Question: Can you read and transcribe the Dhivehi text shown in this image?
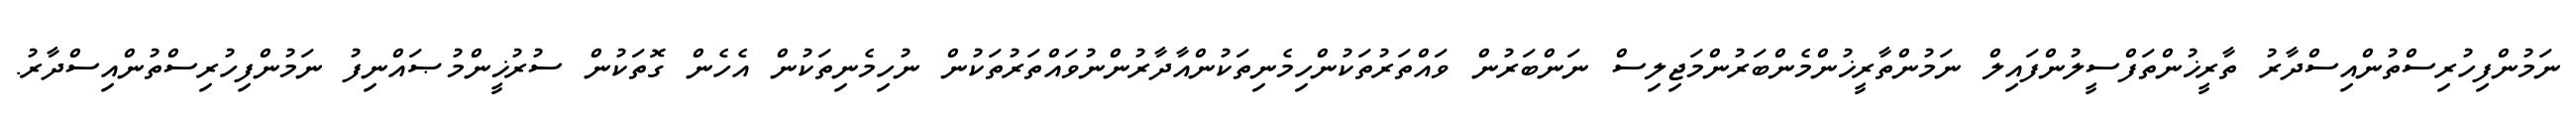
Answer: ނަމުންފިހުރިސްތުންއިސްދާރު ތާރީޚުންތަފްސީލުންފައިލް ނަމުންތާރީޚުންމެންބަރުންމަޖިލިސް ނަންބަރުން ވައްތަރުތަކުންހިމެނިތަކުންއާދާރުންނުވައްތަރުތަކުން ނުހިމެނިތަކުން އެހެން ގޮތަކުން ސުރުޚީންމުޞައްނިފު ނަމުންފިހުރިސްތުންއިސްދާރު.